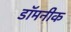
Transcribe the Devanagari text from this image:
डॉमनीक